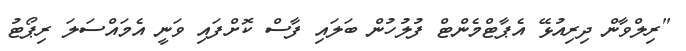
"ރިލްވާން ދިރިއުޅޭ އެޕާޓްމެންޓް ފުލުހުން ބަލައި ފާސް ކޮށްފައި ވަނީ އެމައްސަލަ ރިޕޯޓު